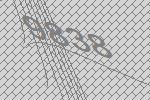
9838